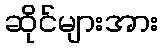
ဆိုင်များအား